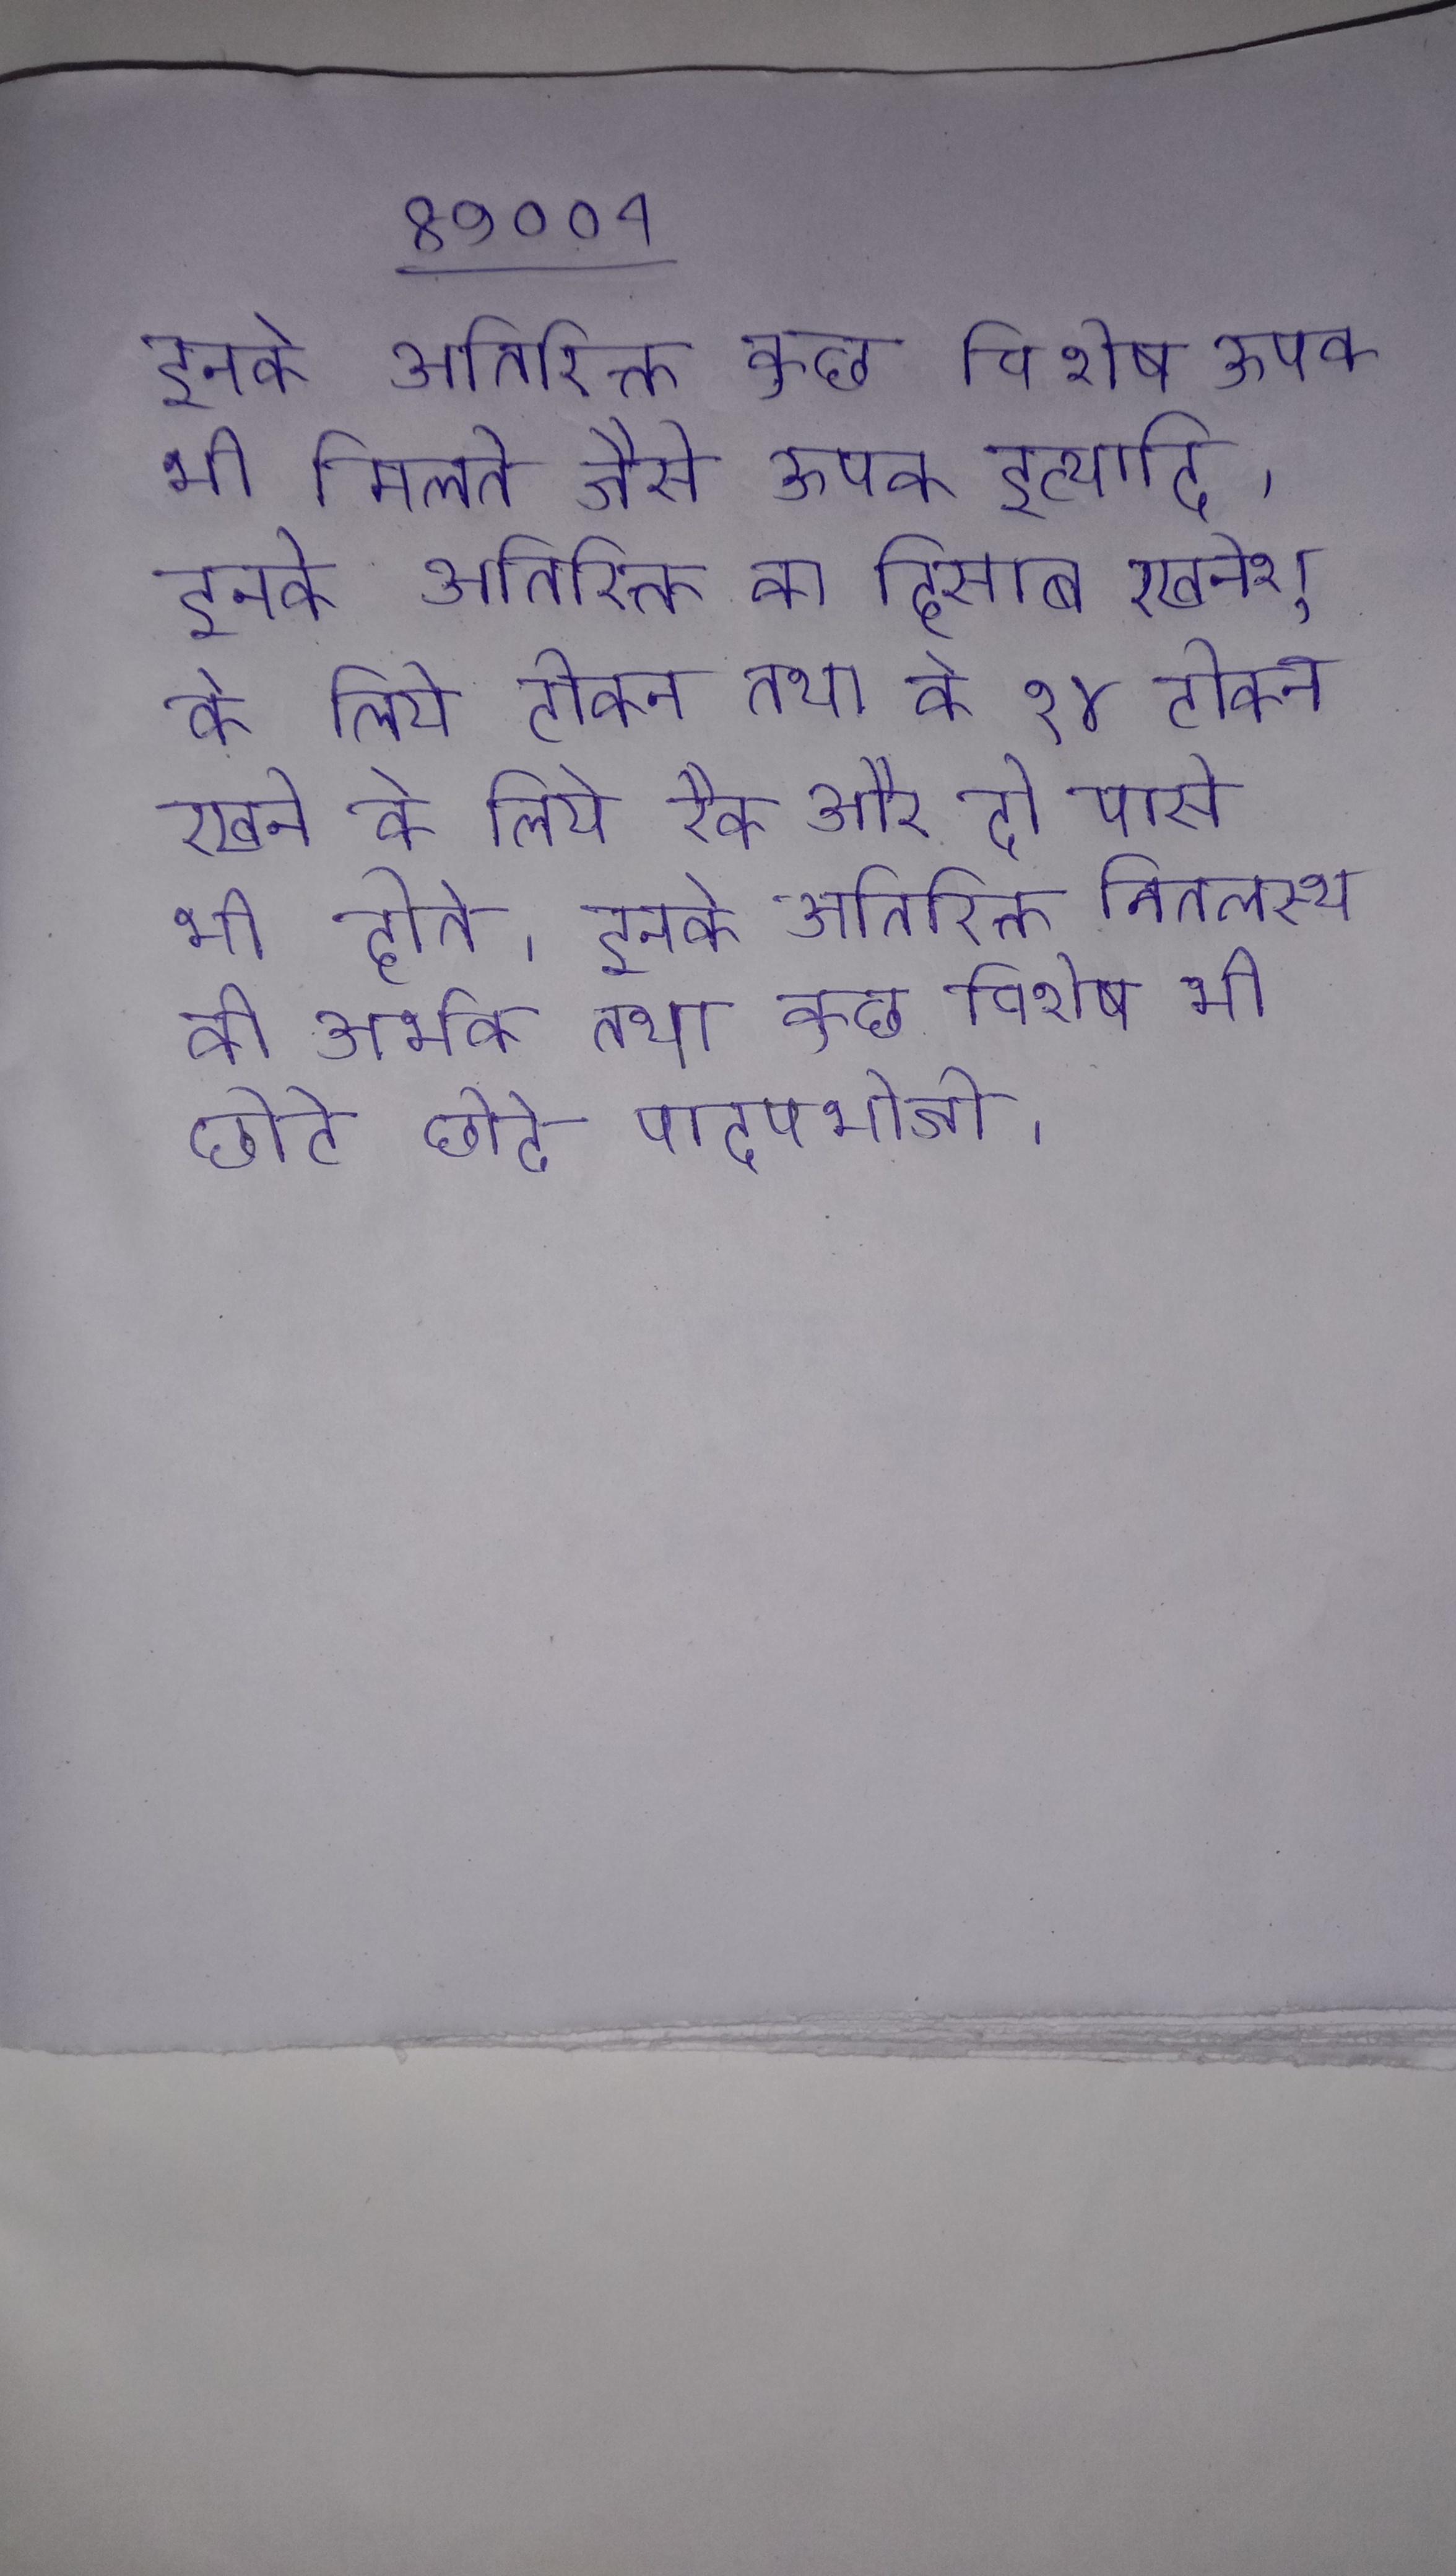
इनके अतिरिक्त कुछ विशेष ऊतक भी मिलते जैसे ऊतक इत्यादि । इनके अतिरिक्त का हिसाब रखनेश् के लिये टोकन तथा के १४ टोकन रखने के लिये रैक और दो पासे भी होते । इनके अतिरिक्त नितलस्थ की अर्भक तथा कुछ विशेष भी छोटे छोटे पादपभोजी ।